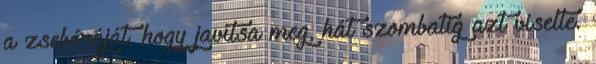
a zsebóráját, hogy javítsa meg, hát szombatig azt viselte.